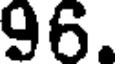
96.